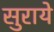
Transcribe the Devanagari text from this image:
सुराये